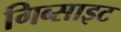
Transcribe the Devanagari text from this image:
गिब्साइट